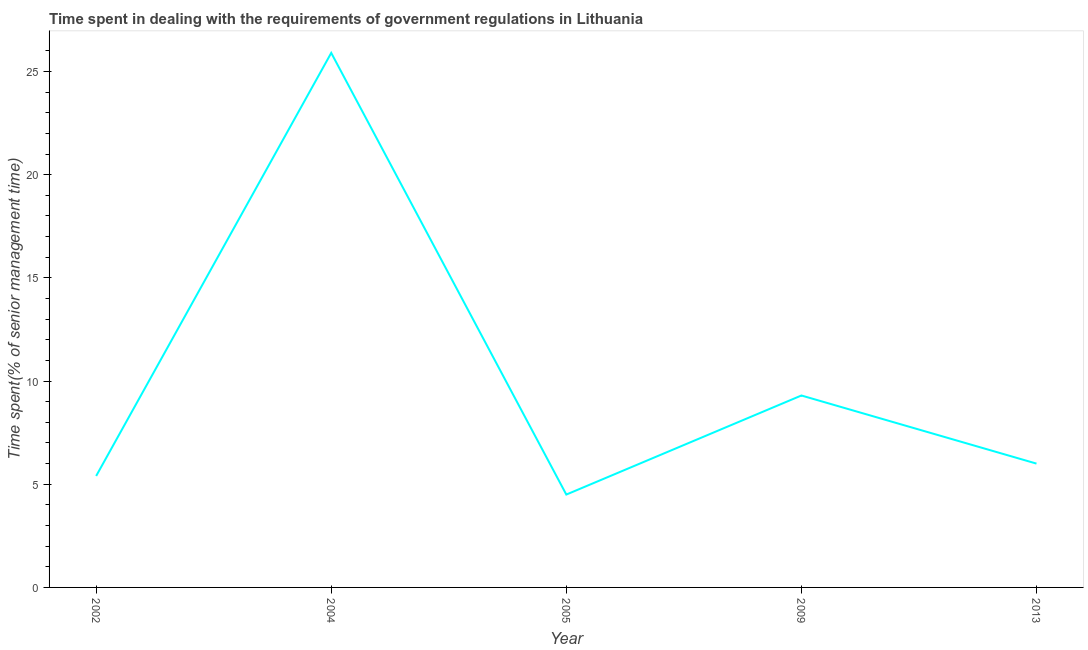
| Year | Government regulations |
 | --- | --- |
 | 2002 | 5.4 |
 | 2004 | 25.9 |
 | 2005 | 4.5 |
 | 2009 | 9.3 |
 | 2013 | 6 |